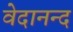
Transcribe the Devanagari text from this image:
वेदानन्द